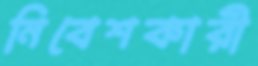
নিবেশকারী